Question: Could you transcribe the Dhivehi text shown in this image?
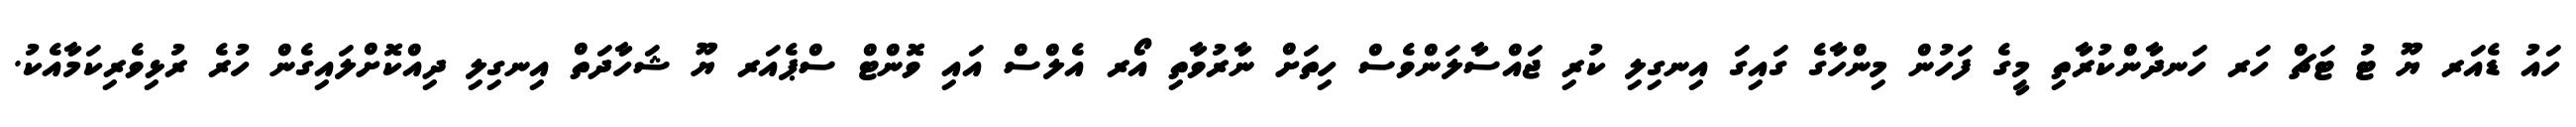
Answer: ހައު ޑެއަރ ޔޫ ޓު ޓަޗް ހަރ ހަނދާންކުރާތި މީގެ ފަހުން މިންހާގެ ގައިގަ އިނގިލި ކުރި ޖައްސާލަންވެސް ހިތަށް ނާރުވާތި އޯރ އެލްސް އައި ވޮންޓް ސްޕެއަރ ޔޫ ޝަހާދަތް އިނގިލި ދިއްކޮށްލައިގެން ހުރެ ރުޅިވެރިކަމާއެކު.